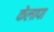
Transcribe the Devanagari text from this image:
केलापा